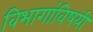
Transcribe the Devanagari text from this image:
विभागांविषयी